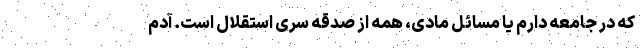
که در جامعه دارم یا مسائل مادی، همه از صدقه سری استقلال است. آدم